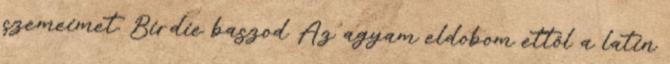
szemeimet. Birdie baszod Az agyam eldobom ettől a latin